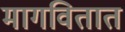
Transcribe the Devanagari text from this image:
मागवितात